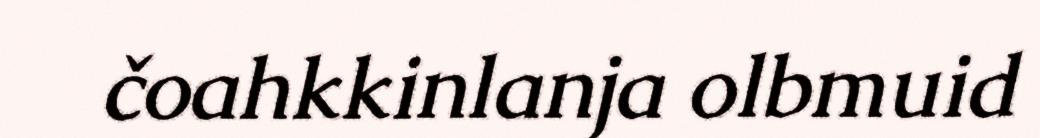
čoahkkinlanja olbmuid